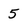
Character: 5